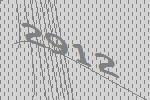
2912